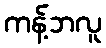
ကန့်ဘလူ